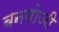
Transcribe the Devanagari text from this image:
बनगोजी